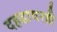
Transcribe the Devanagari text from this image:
दहडावरही